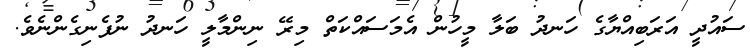
ސައުދީ އަރަބިއްޔާގެ ހަނދު ބަލާ މީހުން އެމަސައްކަތް މިރޭ ނިންމާލީ ހަނދު ނުފެނިގެންނެވެ.